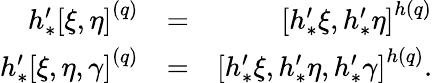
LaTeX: \begin{array}{rlr}{h_{\ast}^{\prime}\left[\xi,\eta\right]^{\left(q\right)}}&{=}&{\left[h_{\ast}^{\prime}\xi,h_{\ast}^{\prime}\eta\right]^{h\left(q\right)}}\\ {h_{\ast}^{\prime}\left[\xi,\eta,\gamma\right]^{\left(q\right)}}&{=}&{\left[h_{\ast}^{\prime}\xi,h_{\ast}^{\prime}\eta,h_{\ast}^{\prime}\gamma\right]^{h\left(q\right)}.}\end{array}